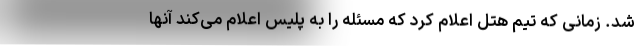
شد. زمانی که تیم هتل اعلام کرد که مسئله را به پلیس اعلام می‌کند آنها